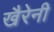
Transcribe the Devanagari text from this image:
खैरेनी